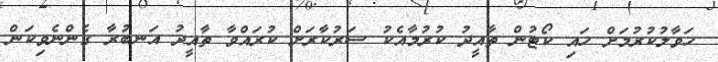
ހަވާލުކުރުމަށް ހައި ކޯޓުން ތާއީދު ކުރުމާއެކު ސަރުކާރަށް ކުރައްވާ ތާއީދު އަނބުރާ ގެންނެވިކަން